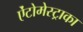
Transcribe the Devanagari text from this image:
ऐंटोमेस्ट्राका